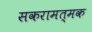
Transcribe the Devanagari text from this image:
सकरामत्मक